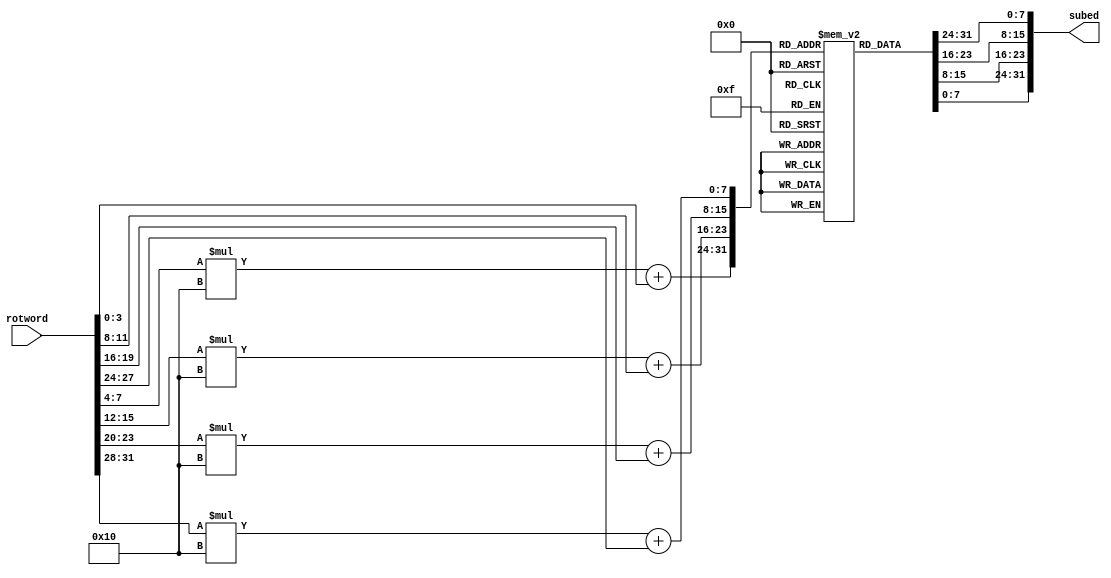
module KeySubBytes (rotword, subed);
  input       [31:0]  rotword;//ROM selector
  output  reg [31:0]  subed;

  reg [7:0] s_box [15:0][15:0];

  // the S-Box in a ROM
  initial 
  begin    
 	// first row 
	s_box[0][0] = 8'h63;
	s_box[0][1] = 8'h7C;
	s_box[0][2] = 8'h77;
	s_box[0][3] = 8'h7B;
	s_box[0][4] = 8'hF2;
	s_box[0][5] = 8'h6B;
	s_box[0][6] = 8'h6F;
	s_box[0][7] = 8'hC5;
	s_box[0][8] = 8'h30;
	s_box[0][9] = 8'h01;
	s_box[0][10] = 8'h67;
	s_box[0][11] = 8'h2B;
	s_box[0][12] = 8'hFE;
	s_box[0][13] = 8'hD7;
	s_box[0][14] = 8'hAB;
	s_box[0][15] = 8'h76;


 	// second row 
	s_box[1][0] = 8'hCA;
	s_box[1][1] = 8'h82;
	s_box[1][2] = 8'hC9;
	s_box[1][3] = 8'h7D;
	s_box[1][4] = 8'hFA;
	s_box[1][5] = 8'h59;
	s_box[1][6] = 8'h47;
	s_box[1][7] = 8'hF0;
	s_box[1][8] = 8'hAD;
	s_box[1][9] = 8'hD4;
	s_box[1][10] = 8'hA2;
	s_box[1][11] = 8'hAF;
	s_box[1][12] = 8'h9C;
	s_box[1][13] = 8'hA4;
	s_box[1][14] = 8'h72;
	s_box[1][15] = 8'hC0;

 	// third row 
	s_box[2][0] = 8'hB7;
	s_box[2][1] = 8'hFD;
	s_box[2][2] = 8'h93;
	s_box[2][3] = 8'h26;
	s_box[2][4] = 8'h36;
	s_box[2][5] = 8'h3F;
	s_box[2][6] = 8'hF7;
	s_box[2][7] = 8'hCC;
	s_box[2][8] = 8'h34;
	s_box[2][9] = 8'hA5;
	s_box[2][10] = 8'hE5;
	s_box[2][11] = 8'hF1;
	s_box[2][12] = 8'h71;
	s_box[2][13] = 8'hD8;
	s_box[2][14] = 8'h31;
	s_box[2][15] = 8'h15;


 	// fourth row 
	s_box[3][0] = 8'h04;
	s_box[3][1] = 8'hC7;
	s_box[3][2] = 8'h23;
	s_box[3][3] = 8'hC3;
	s_box[3][4] = 8'h18;
	s_box[3][5] = 8'h96;
	s_box[3][6] = 8'h05;
	s_box[3][7] = 8'h9A;
	s_box[3][8] = 8'h07;
	s_box[3][9] = 8'h12;
	s_box[3][10] = 8'h80;
	s_box[3][11] = 8'hE2;
	s_box[3][12] = 8'hEB;
	s_box[3][13] = 8'h27;
	s_box[3][14] = 8'hB2;
	s_box[3][15] = 8'h75;



 	// fifth row 
	s_box[4][0] = 8'h09;
	s_box[4][1] = 8'h83;
	s_box[4][2] = 8'h2C;
	s_box[4][3] = 8'h1A;
	s_box[4][4] = 8'h1B;
	s_box[4][5] = 8'h6E;
	s_box[4][6] = 8'h5A;
	s_box[4][7] = 8'hA0;
	s_box[4][8] = 8'h52;
	s_box[4][9] = 8'h3B;
	s_box[4][10] = 8'hD6;
	s_box[4][11] = 8'hB3;
	s_box[4][12] = 8'h29;
	s_box[4][13] = 8'hE3;
	s_box[4][14] = 8'h2F;
	s_box[4][15] = 8'h84;



 	// sixth row 
	s_box[5][0]  = 8'h53;
	s_box[5][1]  = 8'hD1;
	s_box[5][2]  = 8'h00;
	s_box[5][3]  = 8'hED;
	s_box[5][4]  = 8'h20;
	s_box[5][5]  = 8'hFC;
	s_box[5][6]  = 8'hB1;
	s_box[5][7]  = 8'h5B;
	s_box[5][8]  = 8'h6A;
	s_box[5][9]  = 8'hCB;
	s_box[5][10] = 8'hBE;
	s_box[5][11] = 8'h39;
	s_box[5][12] = 8'h4A;
	s_box[5][13] = 8'h4C;
	s_box[5][14] = 8'h58;
	s_box[5][15] = 8'hCF;


 	// seventh row 
	s_box[6][0] = 8'hD0;
	s_box[6][1] = 8'hEF;
	s_box[6][2] = 8'hAA;
	s_box[6][3] = 8'hFB;
	s_box[6][4] = 8'h43;
	s_box[6][5] = 8'h4D;
	s_box[6][6] = 8'h33;
	s_box[6][7] = 8'h85;
	s_box[6][8] = 8'h45;
	s_box[6][9] = 8'hF9;
	s_box[6][10] = 8'h02;
	s_box[6][11] = 8'h7F;
	s_box[6][12] = 8'h50;
	s_box[6][13] = 8'h3C;
	s_box[6][14] = 8'h9F;
	s_box[6][15] = 8'hA8;

 	// eighth row 
	s_box[7][0] = 8'h51;
	s_box[7][1] = 8'hA3;
	s_box[7][2] = 8'h40;
	s_box[7][3] = 8'h8F;
	s_box[7][4] = 8'h92;
	s_box[7][5] = 8'h9D;
	s_box[7][6] = 8'h38;
	s_box[7][7] = 8'hF5;
	s_box[7][8] = 8'hBC;
	s_box[7][9] = 8'hB6;
	s_box[7][10] = 8'hDA;
	s_box[7][11] = 8'h21;
	s_box[7][12] = 8'h10;
	s_box[7][13] = 8'hFF;
	s_box[7][14] = 8'hF3;
	s_box[7][15] = 8'hD2;

 	// ninth row 
	s_box[8][0] = 8'hCD;
	s_box[8][1] = 8'h0C;
	s_box[8][2] = 8'h13;
	s_box[8][3] = 8'hEC;
	s_box[8][4] = 8'h5F;
	s_box[8][5] = 8'h97;
	s_box[8][6] = 8'h44;
	s_box[8][7] = 8'h17;
	s_box[8][8] = 8'hC4;
	s_box[8][9] = 8'hA7;
	s_box[8][10] = 8'h7E;
	s_box[8][11] = 8'h3D;
	s_box[8][12] = 8'h64;
	s_box[8][13] = 8'h5D;
	s_box[8][14] = 8'h19;
	s_box[8][15] = 8'h73;


 	// tenth row 
	s_box[9][0] = 8'h60;
	s_box[9][1] = 8'h81;
	s_box[9][2] = 8'h4F;
	s_box[9][3] = 8'hDC;
	s_box[9][4] = 8'h22;
	s_box[9][5] = 8'h2A;
	s_box[9][6] = 8'h90;
	s_box[9][7] = 8'h88;
	s_box[9][8] = 8'h46;
	s_box[9][9] = 8'hEE;
	s_box[9][10] = 8'hB8;
	s_box[9][11] = 8'h14;
	s_box[9][12] = 8'hDE;
	s_box[9][13] = 8'h5E;
	s_box[9][14] = 8'h0B;
	s_box[9][15] = 8'hDB;



	// eleventh row 
	s_box[10][0] = 8'hE0;
	s_box[10][1] = 8'h32;
	s_box[10][2] = 8'h3A;
	s_box[10][3] = 8'h0A;
	s_box[10][4] = 8'h49;
	s_box[10][5] = 8'h06;
	s_box[10][6] = 8'h24;
	s_box[10][7] = 8'h5C;
	s_box[10][8] = 8'hC2;
	s_box[10][9] = 8'hD3;
	s_box[10][10] = 8'hAC;
	s_box[10][11] = 8'h62;
	s_box[10][12] = 8'h91;
	s_box[10][13] = 8'h95;
	s_box[10][14] = 8'hE4;
	s_box[10][15] = 8'h79;

	// twelveth row 
	s_box[11][0] = 8'hE7;
	s_box[11][1] = 8'hC8;
	s_box[11][2] = 8'h37;
	s_box[11][3] = 8'h6D;
	s_box[11][4] = 8'h8D;
	s_box[11][5] = 8'hD5;
	s_box[11][6] = 8'h4E;
	s_box[11][7] = 8'hA9;
	s_box[11][8] = 8'h6C;
	s_box[11][9] = 8'h56;
	s_box[11][10] = 8'hF4;
	s_box[11][11] = 8'hEA;
	s_box[11][12] = 8'h65;
	s_box[11][13] = 8'h7A;
	s_box[11][14] = 8'hAE;
	s_box[11][15] = 8'h08;


	// thirteenth row 
	s_box[12][0] = 8'hBA;
	s_box[12][1] = 8'h78;
	s_box[12][2] = 8'h25;
	s_box[12][3] = 8'h2E;
	s_box[12][4] = 8'h1C;
	s_box[12][5] = 8'hA6;
	s_box[12][6] = 8'hB4;
	s_box[12][7] = 8'hC6;
	s_box[12][8] = 8'hE8;
	s_box[12][9] = 8'hDD;
	s_box[12][10] = 8'h74;
	s_box[12][11] = 8'h1F;
	s_box[12][12] = 8'h4D;
	s_box[12][13] = 8'hBD;
	s_box[12][14] = 8'h8B;
	s_box[12][15] = 8'h8A;

	// fourteenth row 
	s_box[13][0] = 8'h70;
	s_box[13][1] = 8'h3E;
	s_box[13][2] = 8'hB5;
	s_box[13][3] = 8'h66;
	s_box[13][4] = 8'h48;
	s_box[13][5] = 8'h03;
	s_box[13][6] = 8'hF6;
	s_box[13][7] = 8'h0E;
	s_box[13][8] = 8'h61;
	s_box[13][9] = 8'h35;
	s_box[13][10] = 8'h57;
	s_box[13][11] = 8'hB9;
	s_box[13][12] = 8'h86;
	s_box[13][13] = 8'hC1;
	s_box[13][14] = 8'h1D;
	s_box[13][15] = 8'h9E;


	//fifteenth row 
	s_box[14][0] = 8'hE1;
	s_box[14][1] = 8'hF8;
	s_box[14][2] = 8'h98;
	s_box[14][3] = 8'h11;
	s_box[14][4] = 8'h69;
	s_box[14][5] = 8'hD9;
	s_box[14][6] = 8'h8E;
	s_box[14][7] = 8'h94;
	s_box[14][8] = 8'h9B;
	s_box[14][9] = 8'h1E;
	s_box[14][10] = 8'h87;
	s_box[14][11] = 8'hE9;
	s_box[14][12] = 8'hCE;
	s_box[14][13] = 8'h55;
	s_box[14][14] = 8'h28;
	s_box[14][15] = 8'hDF;


	// fifteenth row 
	s_box[15][0] = 8'h8C;
	s_box[15][1] = 8'hA1;
	s_box[15][2] = 8'h89;
	s_box[15][3] = 8'h8D;
	s_box[15][4] = 8'hBF;
	s_box[15][5] = 8'hE6;
	s_box[15][6] = 8'h42;
	s_box[15][7] = 8'h68;
	s_box[15][8] = 8'h41;
	s_box[15][9] = 8'h99;
	s_box[15][10] = 8'h2D;
	s_box[15][11] = 8'h0F;
	s_box[15][12] = 8'hB0;
	s_box[15][13] = 8'h54;
	s_box[15][14] = 8'hBB;
	s_box[15][15] = 8'h16;
  end

  //substituting
  always @*
  begin
   //1 row     
	 subed[7 :0 ] = s_box [ rotword[7 :4] ][ rotword[ 3:0 ] ] ;
	 subed[15:8 ] = s_box [ rotword[15:12]][ rotword[11:8 ] ] ;
	 subed[23:16] = s_box [ rotword[23:20]][ rotword[19:16] ] ;
   subed[31:24] = s_box [ rotword[31:28]][ rotword[27:24] ] ;
  end
  endmodule